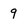
Character: 9